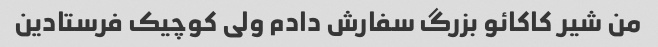
من شیر کاکائو بزرگ سفارش دادم ولی کوچیک فرستادین